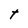
Character: t